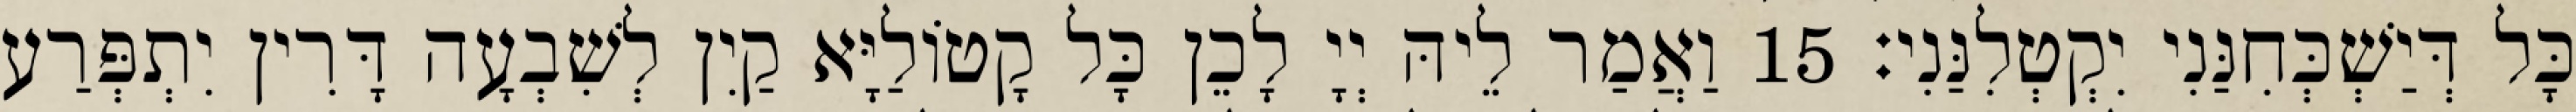
כָּל דְּיַשְׁכְּחִנַּנִי יִקְטְלִנַּנִי׃ 15 וַאֲמַר לֵיהּ יְיָ לָכֵן כָּל קָטוֹלַיָּא קַיִן לְשִׁבְעָה דָּרִין יִתְפְּרַע